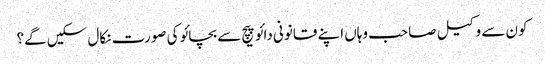
کون سے وکیل صاحب وہاں اپنے قانونی دائو پیچ سے بچائو کی صورت نکال سکیں گے؟